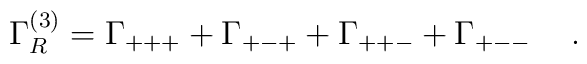
\Gamma_{R}^{(3)}  =  \Gamma_{+++}  + \Gamma_{+-+}   +  \Gamma_{++-}  +\Gamma_{+--}\hspace{.2in} .